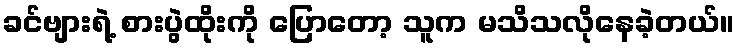
ခင်ဗျားရဲ့ စားပွဲထိုးကို ပြောတော့ သူက မသိသလိုနေခဲ့တယ်။